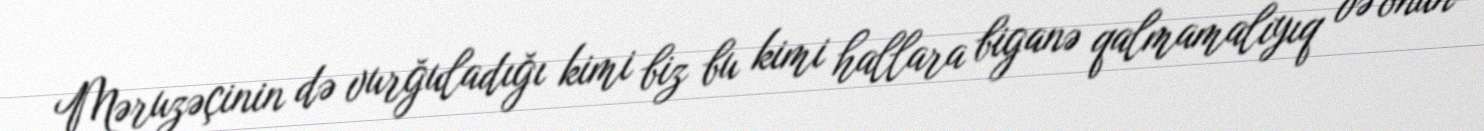
Məruzəçinin də vurğuladığı kimi biz bu kimi hallara biganə qalmamalıyıq və onun